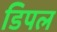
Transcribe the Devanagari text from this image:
डिपल